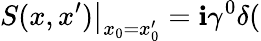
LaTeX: \left.S(x,x^{\prime})\right|_{x_{0}=x_{0}^{\prime}}=\mathbf{i}\gamma^{0}\delta(